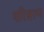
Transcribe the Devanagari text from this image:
परिसरण